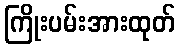
ကြိုးပမ်းအားထုတ်